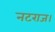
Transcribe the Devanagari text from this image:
नटराज।